Report of the Indian Hemp Drugs Commission, 1894-1895 - Volume IV
Year: 1894
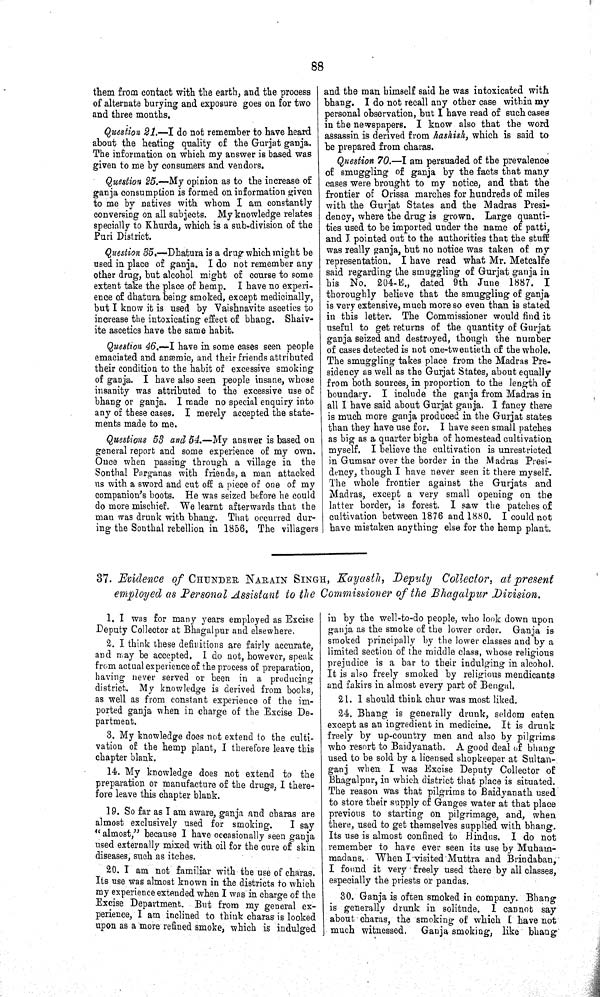
88
them from contact with the earth, and the process
of alternate burying and exposure goes on for two
and three months.
Question 21.—I do not remember to have heard
about the heating quality of the Gurjat ganja.
The information on which my answer is based was
given to me by consumers and vendors.
Question 25.—My opinion as to the increase of
ganja consumption is formed on information given
to me by natives with whom I am constantly
conversing on all subjects. My knowledge relates
specially to Khurda, which is a sub-division of the
Puri District.
Question 35.—Dhatura is a drug which might be
used in place of ganja. I do not remember any
other drug, but alcohol might of course to some
extent take the place of hemp. I have no experi¬
ence of dhatura being smoked, except medicinally,
but I know it is used by Vaishnavite ascetics to
increase the intoxicating effect of bhang. Shaiv-
ite ascetics have the same habit.
Question 46.—I have in some cases seen people
emaciated and anæmic, and their friends attributed
their condition to the habit of excessive smoking
of ganja. I have also seen people insane, whose
insanity was attributed to the excessive use of
bhang or ganja. I made no special enquiry into
any of these cases. I merely accepted the state¬
ments made to me.
Questions 53 and 54.—My answer is based on
general report and some experience of my own.
Once when passing through a village in the
Sonthal Parganas with friends, a man attacked
us with a sword and cut off a piece of one of my
companion's boots. He was seized before he could
do more mischief. We learnt afterwards that the
man was drunk with bhang. That occurred dur¬
ing the Sonthal rebellion in 1856. The villagers
and the man himself said he was intoxicated with
bhang. I do not recall any other case within my
personal observation, but I have read of such cases
in the newspapers. I know also that the word
assassin is derived from hashish, which is said to
be prepared from charas.
Question 70.—I am persuaded of the prevalence
of smuggling of ganja by the facts that many
cases were brought to my notice, and that the
frontier of Orissa marches for hundreds of miles
with the Gurjat States and the Madras Presi¬
dency, where the drug is grown. Large quanti¬
ties used to be imported under the name of patti,
and I pointed out to the authorities that the stuff
was really ganja, but no notice was taken of my
representation. I have read what Mr. Metcalfe
said regarding the smuggling of Gurjat ganja in
his No. 204-E., dated 9th June 1887. I
thoroughly believe that the smuggling of ganja
is very extensive, much more so even than is stated
in this letter. The Commissioner would find it
useful to get returns of the quantity of Gurjat
ganja seized and destroyed, though the number
of cases detected is not one-twentieth of the whole.
The smuggling takes place from the Madras Pre¬
sidency as well as the Gurjat States, about equally
from both sources, in proportion to the length of
boundary. I include the ganja from Madras in
all I have said about Gurjat ganja. I fancy there
is much more ganja produced in the Gurjat states
than they have use for. I have seen small patches
as big as a quarter bigha of homestead cultivation
myself. I believe the cultivation is unrestricted
in Gumsar over the border in the Madras Presi¬
dency, though I have never seen it there myself.
The whole frontier against the Gurjats and
Madras, except a very small opening on the
latter border, is forest. I saw the patches of
cultivation between 1876 and 1880. I could not
have mistaken anything else for the hemp plant.
37. Evidence of CHUNDER NARAIN SINGH, Kayasth, Deputy Collector, at present
employed as Personal Assistant to the Commissioner of the Bhagalpur Division.
1. I was for many years employed as Excise
Deputy Collector at Bhagalpur and elsewhere.
2. I think these definitions are fairly accurate,
and may be accepted. I do not, however, speak
from actual experience of the process of preparation,
having never served or been in a producing
district. My knowledge is derived from books,
as well as from constant experience of the im¬
ported ganja when in charge of the Excise De¬
partment.
3. My knowledge does not extend to the culti¬
vation of the hemp plant, I therefore leave this
chapter blank.
14. My knowledge does not extend to the
preparation or manufacture of the drugs, I there¬
fore leave this chapter blank.
19. So far as I am aware, ganja and charas are
almost exclusively used for smoking.
I say
"almost," because I have occasionally seen ganja
used externally mixed with oil for the cure of skin
diseases, such as itches.
20. I am not familiar with the use of charas.
Its use was almost known in the districts to which
my experience extended when I was in charge of the
Excise Department. But from my general ex¬
perience, I am inclined to think charas is looked
upon as a more refined smoke, which is indulged
in by the well-to-do people, who look down upon
ganja as the smoke of the lower order. Ganja is
smoked principally by the lower classes and by a
limited section of the middle class, whose religious
prejudice is a bar to their indulging in alcohol.
It is also freely smoked by religious mendicants
and fakirs in almost every part of Bengal.
21. I should think chur was most liked.
24. Bhang is generally drunk, seldom eaten
except as an ingredient in medicine. It is drunk
freely by up-country men and also by pilgrims
who resort to Baidyanath. A good deal of bhang
used to be sold by a licensed shopkeeper at Sultan-
ganj when I was Excise Deputy Collector of
Bhagalpur, in which district that place is situated.
The reason was that pilgrims to Baidyanath used
to store their supply of Ganges water at that place
previous to starting on pilgrimage, and, when
there, used to get themselves supplied with bhang.
Its use is almost confined to Hindus. I do not
remember to have ever seen its use by Muham-
madans. When I visited Muttra and Brindaban,
I found it very freely used there by all classes,
especially the priests or pandas.
30. Ganja is often smoked in company. Bhang
is generally drunk in solitude. I cannot say
about charas, the smoking of which I have not
much witnessed, Ganja smoking, like bhang